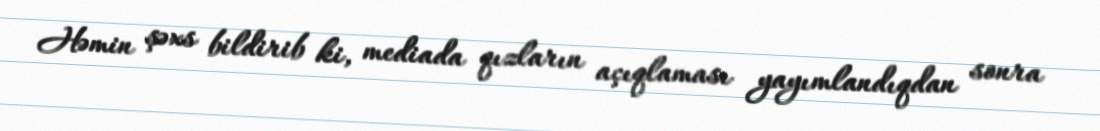
Həmin şəxs bildirib ki, mediada qızların açıqlaması yayımlandıqdan sonra